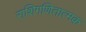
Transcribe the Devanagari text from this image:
राशिगणितात्मक